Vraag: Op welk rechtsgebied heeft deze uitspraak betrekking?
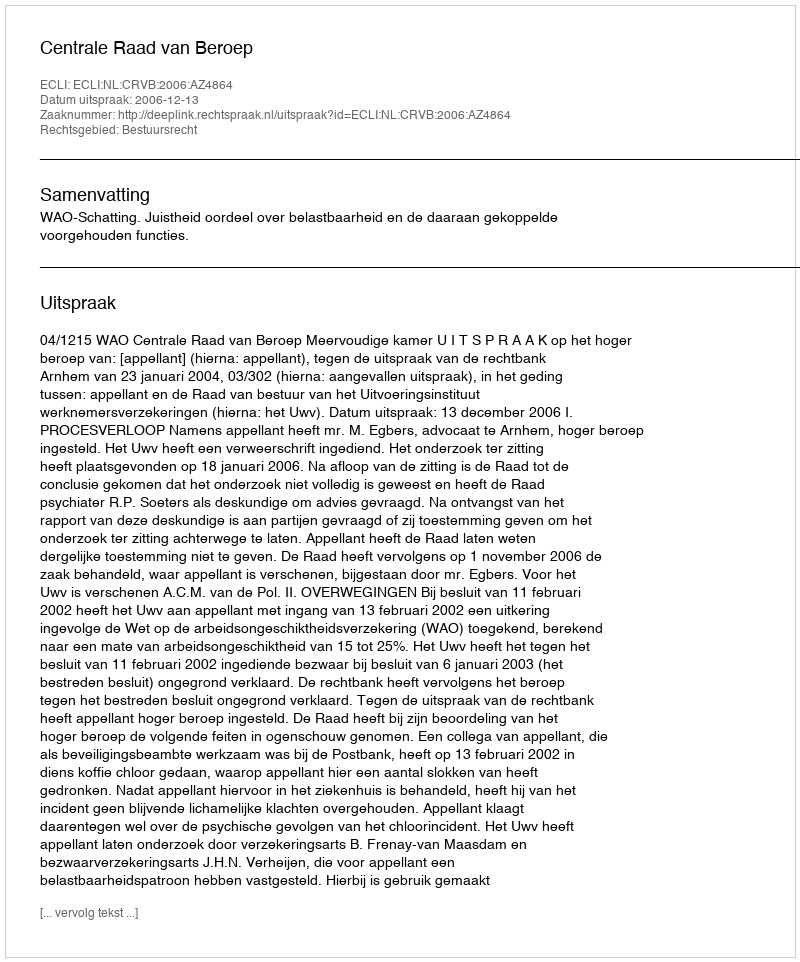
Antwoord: Bestuursrecht